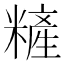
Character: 𰫏